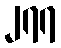
၂၇၇